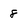
Character: 8